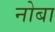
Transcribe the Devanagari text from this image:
नोबा